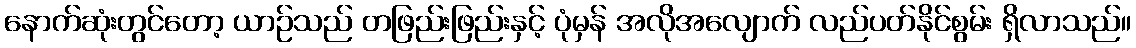
နောက်ဆုံးတွင်တော့ ယာဉ်သည် တဖြည်းဖြည်းနှင့် ပုံမှန် အလိုအလျောက် လည်ပတ်နိုင်စွမ်း ရှိလာသည်။